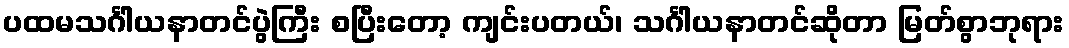
ပထမသင်္ဂါယနာတင်ပွဲကြီး စပြီးတော့ ကျင်းပတယ်၊ သင်္ဂါယနာတင်ဆိုတာ မြတ်စွာဘုရား